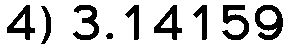
4) 3.14159